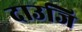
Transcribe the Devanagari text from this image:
दाउजि